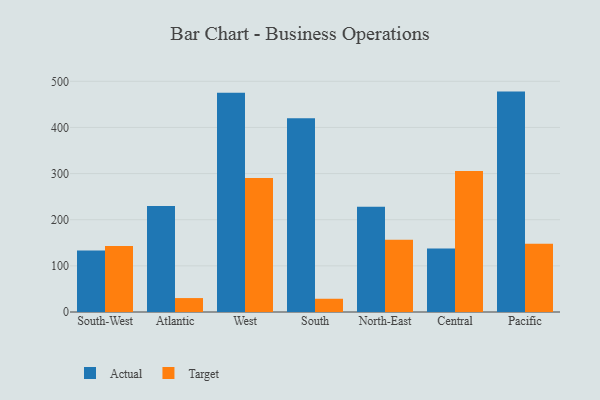
{"axis": {"x": "Region", "y": "Latency (ms)"}, "legend": ["Actual", "Target"], "data": [{"x": "South-West", "y": 133.5, "type": "Actual"}, {"x": "South-West", "y": 142.9, "type": "Target"}, {"x": "Atlantic", "y": 230.0, "type": "Actual"}, {"x": "Atlantic", "y": 30.2, "type": "Target"}, {"x": "West", "y": 475.2, "type": "Actual"}, {"x": "West", "y": 290.5, "type": "Target"}, {"x": "South", "y": 420.0, "type": "Actual"}, {"x": "South", "y": 28.7, "type": "Target"}, {"x": "North-East", "y": 228.3, "type": "Actual"}, {"x": "North-East", "y": 156.8, "type": "Target"}, {"x": "Central", "y": 137.8, "type": "Actual"}, {"x": "Central", "y": 305.7, "type": "Target"}, {"x": "Pacific", "y": 477.7, "type": "Actual"}, {"x": "Pacific", "y": 148.1, "type": "Target"}]}